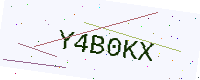
Text: Y4B0KX